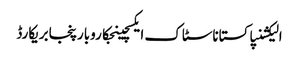
الیکشنپاکستاناسٹاک ایکسچینجکاروبارپنجابریکارڈ